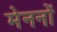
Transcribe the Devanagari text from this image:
मेननों